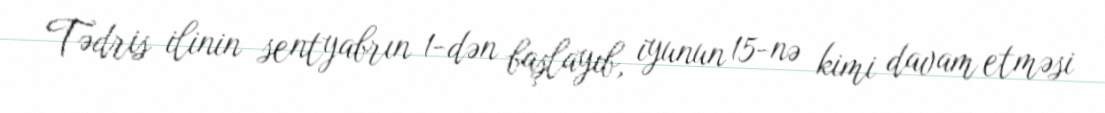
Tədris ilinin sentyabrın 1-dən başlayıb, iyunun 15-nə kimi davam etməsi